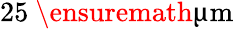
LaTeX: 25~\ensuremath{\upmu\mathrm{m}}